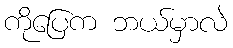
ကိုပြေက ဘယ်မှာလဲ